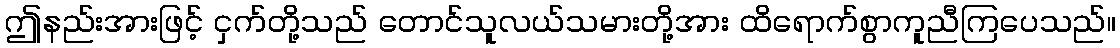
ဤနည်းအားဖြင့် ငှက်တို့သည် တောင်သူလယ်သမားတို့အား ထိရောက်စွာကူညီကြပေသည်။